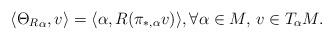
LaTeX: \begin{align*} \langle {\Theta_R}_{\alpha},v\rangle=\langle\alpha,R(\pi_{\ast,\alpha}v)\rangle,\forall\alpha\in M,\,v\in T_{\alpha}M.\end{align*}